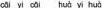
cāi yi cāi , huà yi huà